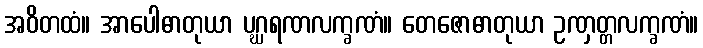
အဝိတထံ။ အာပေါဓာတုယာ ပဂ္ဃရဏလက္ခဏံ။ တေဇောဓာတုယာ ဥဏှတ္တလက္ခဏံ။